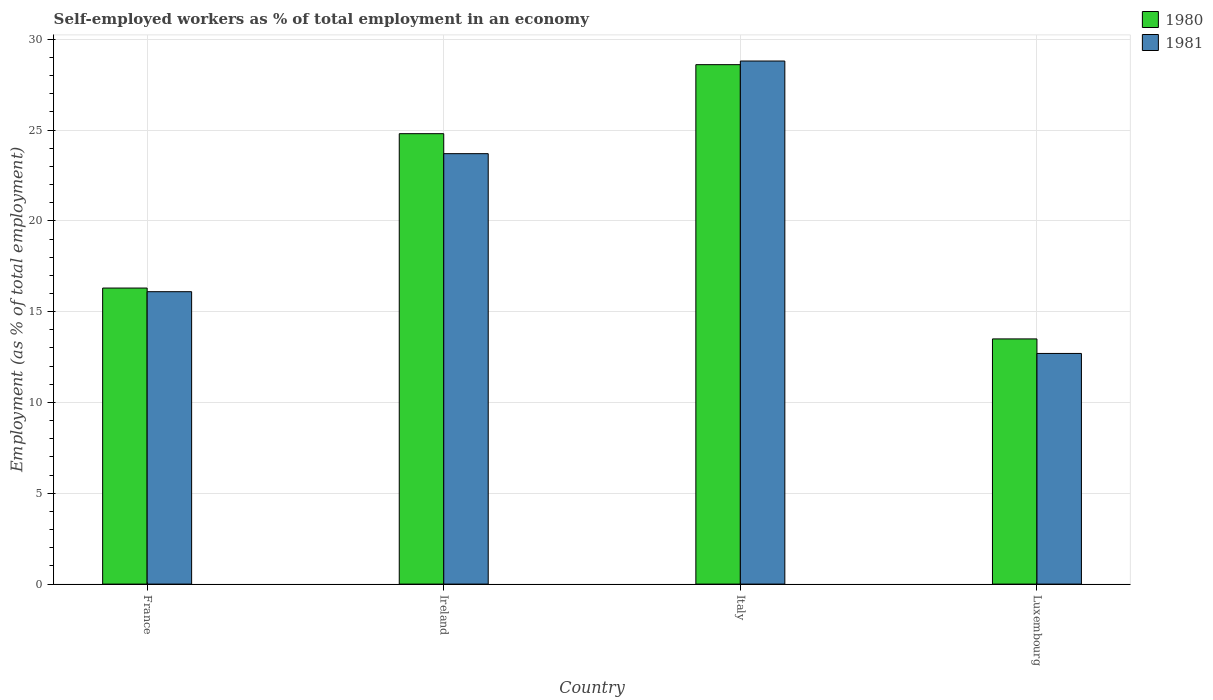
| Country | 1980 | 1981 |
 | --- | --- | --- |
 | France | 16.3 | 16.1 |
 | Ireland | 24.8 | 23.7 |
 | Italy | 28.6 | 28.8 |
 | Luxembourg | 13.5 | 12.7 |